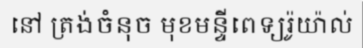
នៅ ត្រង់ចំនុច មុខមន្ទីពេទ្យរ៉ូយ៉ាល់